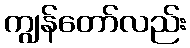
ကျွန်တော်လည်း